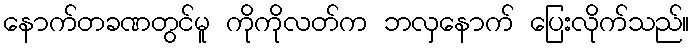
နောက်တခဏတွင်မူ ကိုကိုလတ်က ဘလှနောက် ပြေးလိုက်သည်။